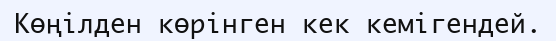
Көңілден көрінген кек кемігендей.